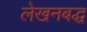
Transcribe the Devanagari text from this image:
लेखनबद्ध